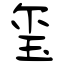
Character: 玺